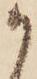
か